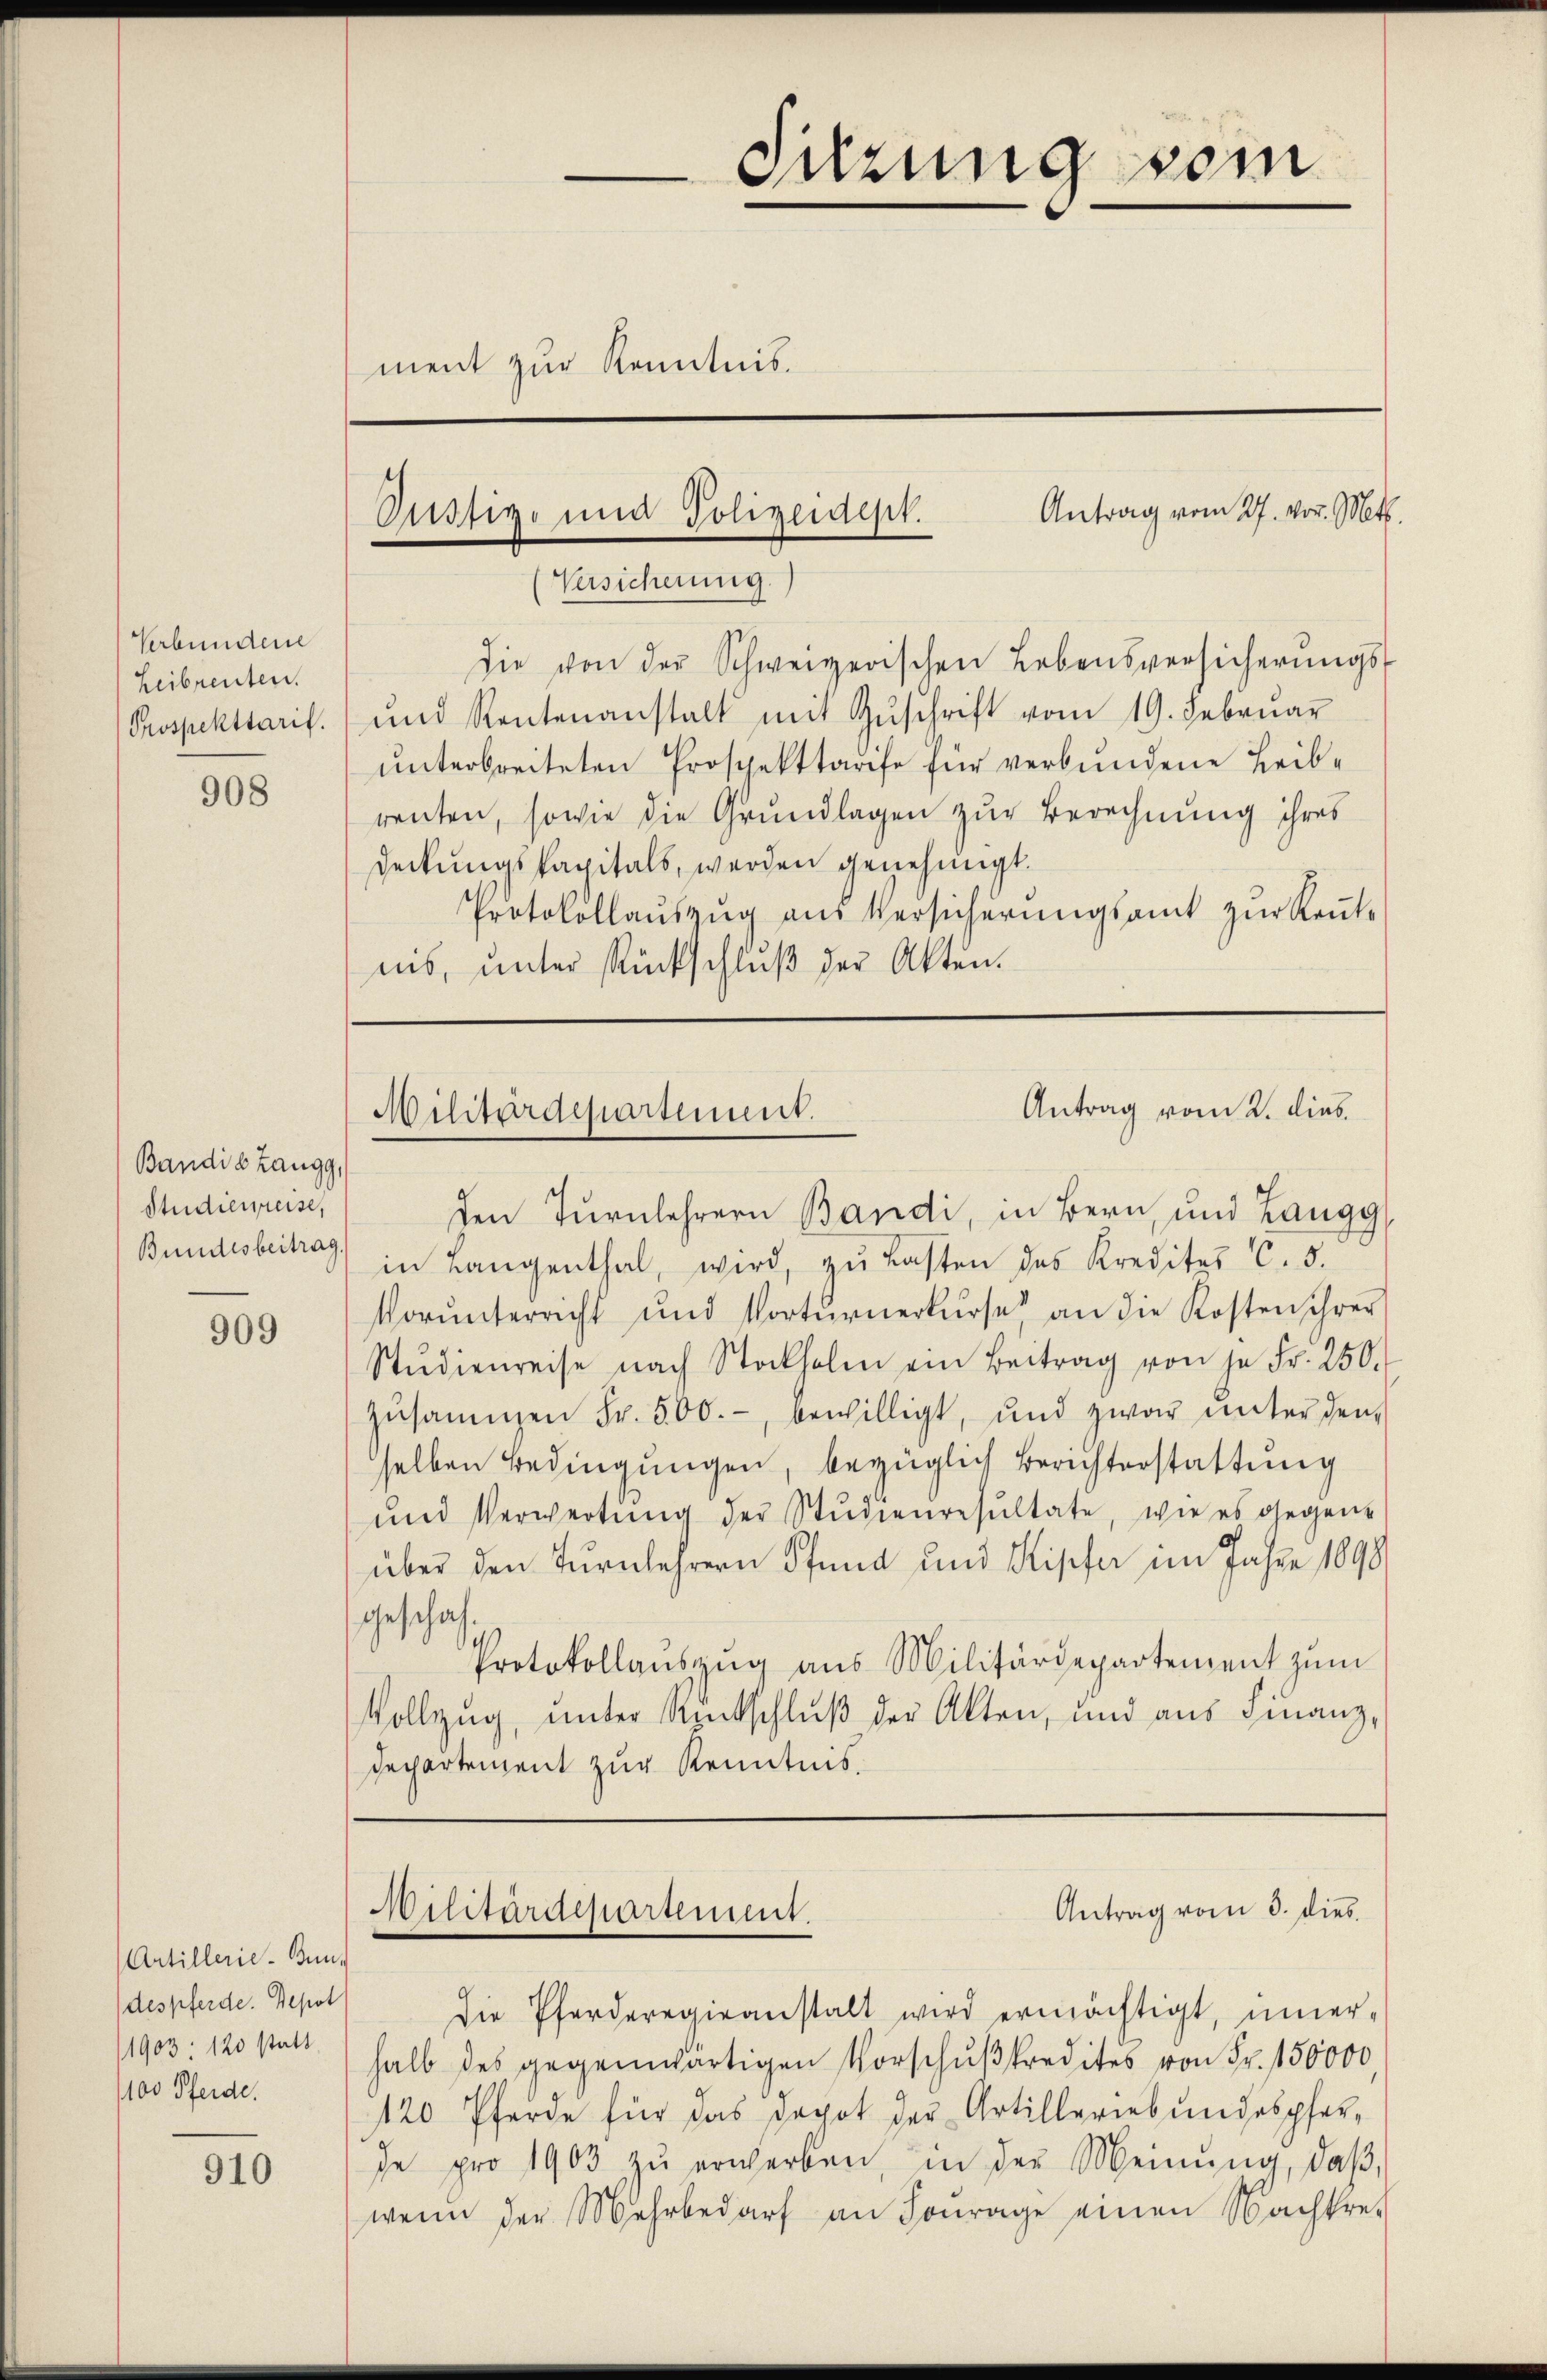
Verbundene
Leibrenten.
Prospekttarif.

908

Bandi b Zangg,
Studieneise,
Bundesbeitrag.

909

Artillerie-Bund
despferde. Depot
1903. 120 statt
1100 Pferde.

910

.
Sitzung vom
ment zur Kenntnis.

Versicherung.
Die von der Schweizerischen Lebensversicherŭngs-
und Rentenanstalt mit Zŭschrift vom 19. Februar
unterbreiteten Prospekttarife für verbundene Leibrenten, sowie die Grundlagen zur Berechnung ihres
Deckungskapitals, werden genehmigt.
Protokollaŭszŭg aŭs Versicherŭngsamt zŭr Keṅt-
nis, unter Rückschluß der Akten.

Antrag vom 27. vor. Mts.

den Turnlehrern Bandi, in Bern, und Zangg
in Langenthal, wird, zu Lasten des Kredites C. 5.
Vorŭnterricht und Vortŭrnerkurse an die Kosten ihrer
Stŭdienreise nach Stockholm ein Beitrag von je Fr. 250.
zŭsaṁen Fr. 500.-, bewilligt, und zwar ŭnter den
selben Bedingungen, bezüglich Berichterstattung
und Verwertung der Studienresultate, wie es gegene
über den Turnlehrern Pfund und Kipfer im Jahre 1898
geschaft,
Protokollauszug aus Militärdepartement zum
Vollzug, unter Rückschluß der Akten, und aus Finanz,
Dechartement zur Kenntnis.

Die Pferderegieanstalt wird ermächtigt, iner-
halb des gegenwärtigen Vorschußkredites von Fr. 150000
120 Pferde für das Depot der Artilleriebundespfer-
de pro 1903 zŭ erwerben, in der Meinŭng, daβ,
wenn der Mehrbedarf an Fourage einen Nachkre-

Oustiz- und Polizeidept.

Antrag vom 2. lieb.
Militärdepartement.

Antrag vom 3. dies
Militärdepartement.